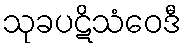
သုခပဋိသံဝေဒီ